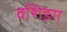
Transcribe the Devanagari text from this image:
वशिङग्